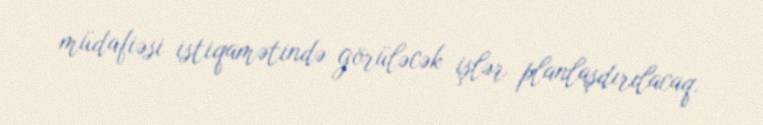
müdafiəsi istiqamətində görüləcək işlər planlaşdırılacaq.